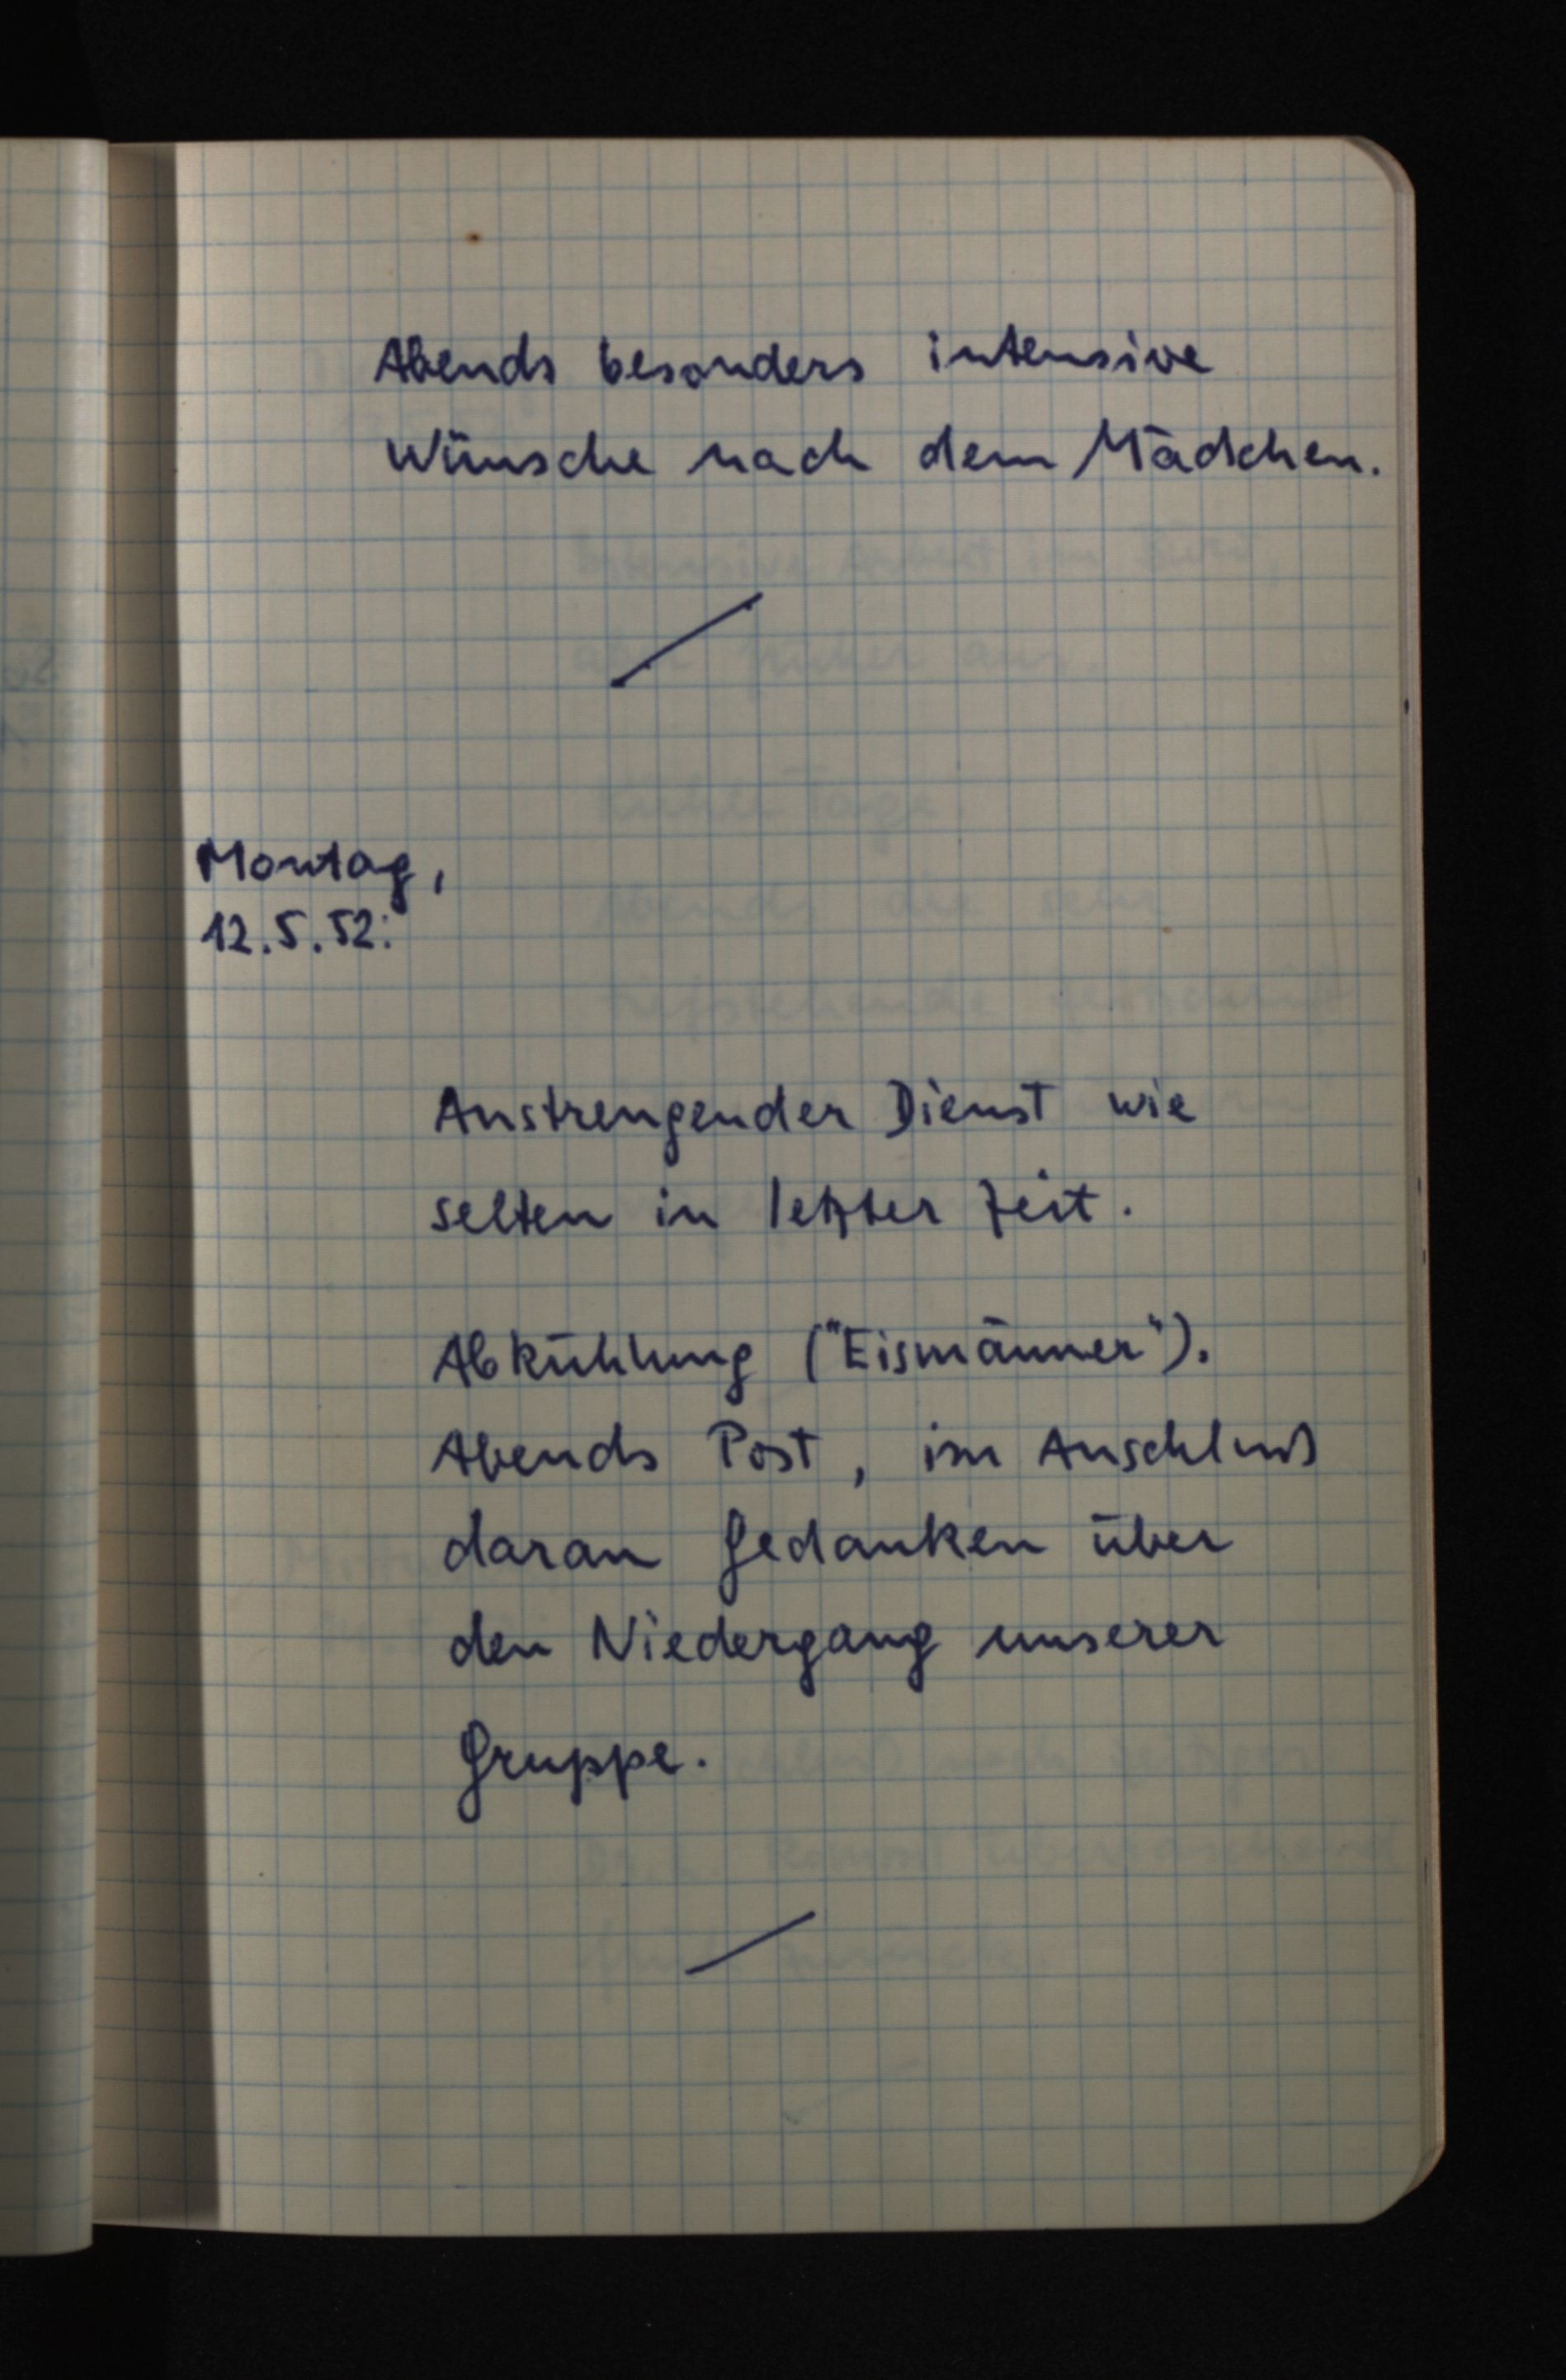
Abends besonders intensive
Wünsche nach dem Mädchen.
Montag,
12.5.52:
Anstrengender Dienst wie
selten in letzter Zeit.
Abkühlung ("Eismänner").
Abends Post, im Anschluß
daran Gedanken über
den Niedergang unserer
Gruppe.